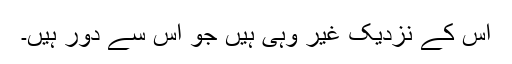
اُس کے نزدیک غیر وہی ہیں جو اس سے دور ہیں۔